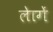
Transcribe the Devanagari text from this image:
लेागें